Vaccination in Bombay 1902-1912 - 1902-1912
Year: 1902
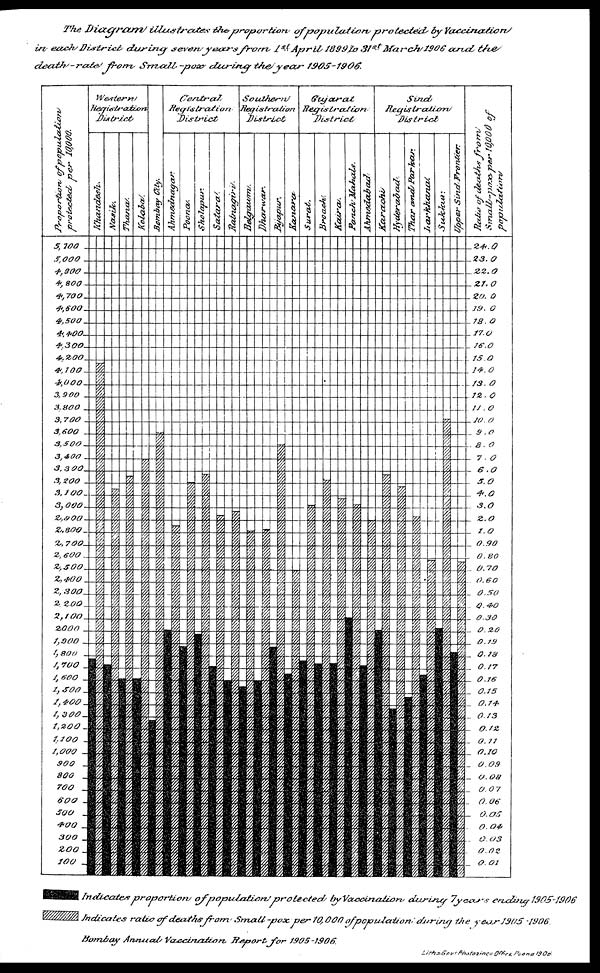
The Diagram illustrates the proportion of population protected by vaccination
in each District
during
seven years from
1st April 1899 to 31st March 1906 and
the
death-rate from Small-pox during the year 1905-1906.